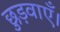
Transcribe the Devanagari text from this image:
छुड़वाएँ।